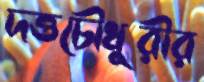
দত্তচৌধুরীর